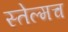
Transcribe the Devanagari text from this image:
स्तेल्मच